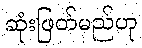
ဆုံးဖြတ်မည်ဟု